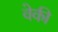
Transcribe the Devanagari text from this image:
वेकी